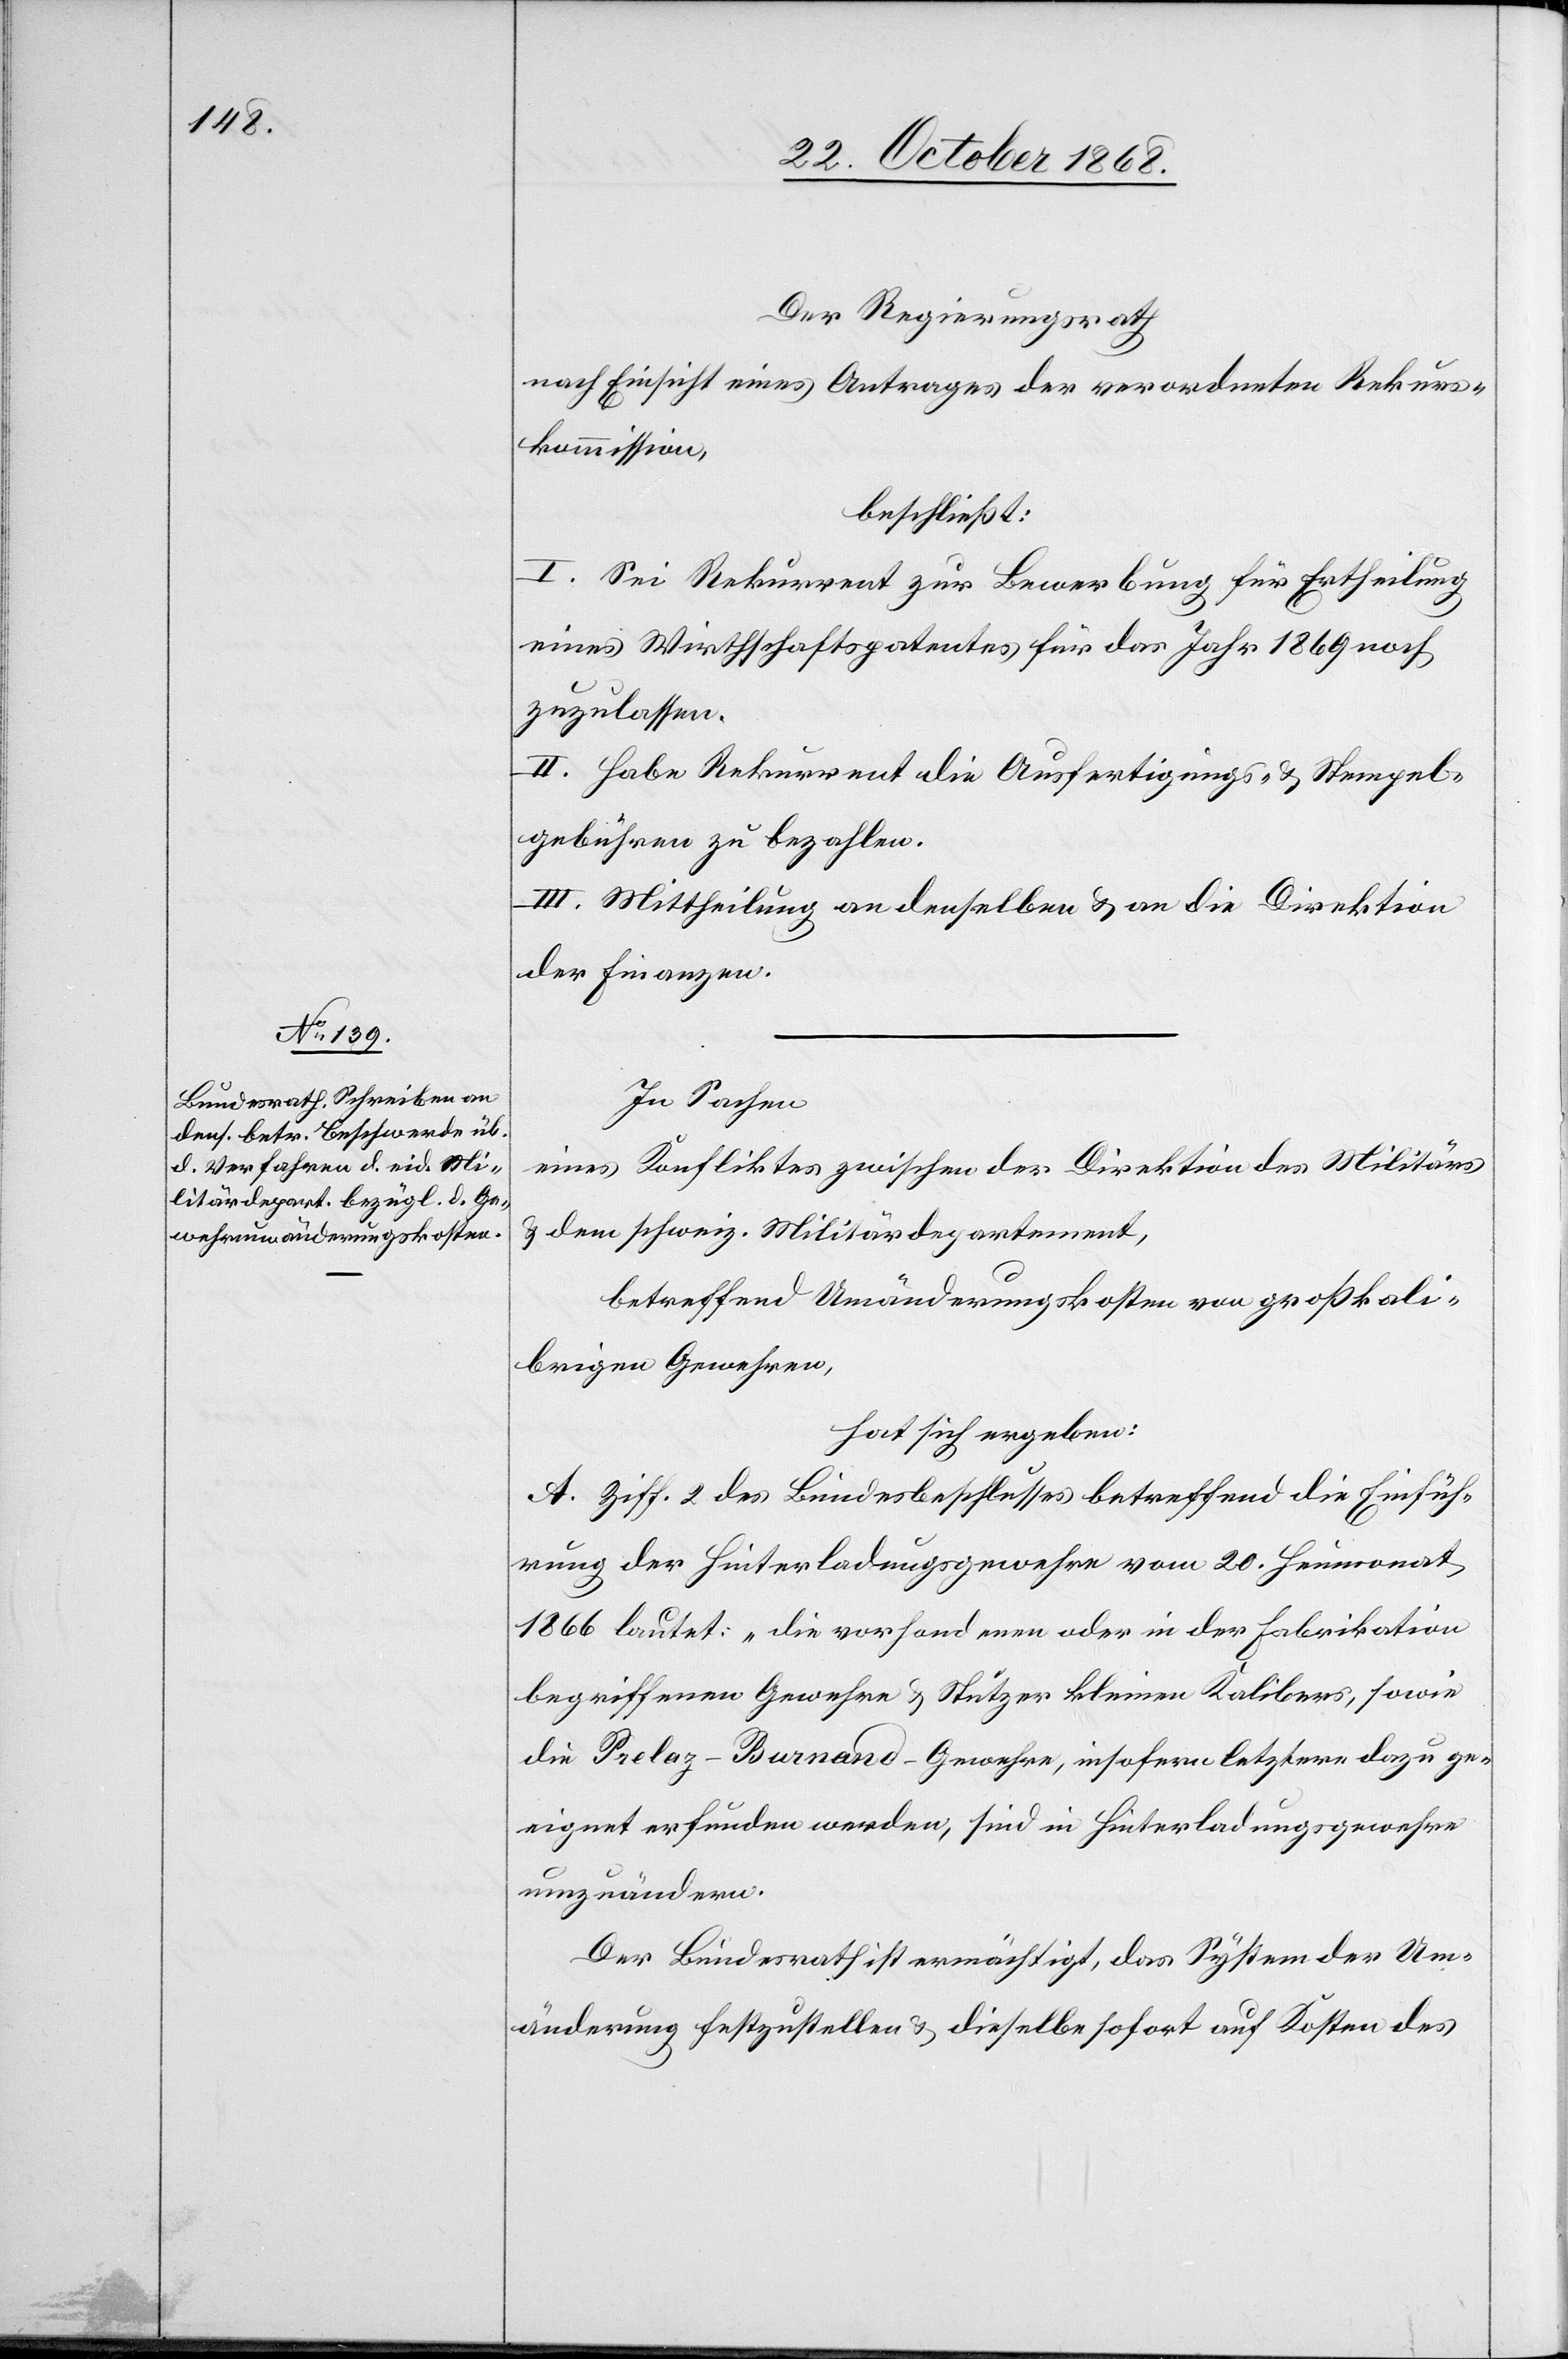
Der Regierungsrath
nach Einsicht eines Antrages der verordneten Rekurs¬
kommission,
beschließt:
I. Sei Rekurrent zur Bewerbung für Ertheilung
eines Wirthschaftspatentes für das Jahr 1869 noch
zuzulassen.
II. Habe Rekurrent die Ausfertigungs- & Stempel¬
gebühren zu bezahlen.
III. Mittheilung an denselben & an die Direktion
der Finanzen.
In Sachen
eines Konfliktes zwischen der Direktion des Militärs
& dem schweiz. Militärdepartement,
betreffend Umänderungskosten von großkali¬
brigen Gewehren,
hat sich ergeben:
A. Ziff. 2 des Bundesbeschlusses betreffend die Einfüh¬
rung der Hinterladungsgewehre vom 20. Heumonat
1866 lautet: „die vorhandenen oder in der Fabrikation
begriffenen Gewehre & Stutzer kleinen Kalibers, sowie
die Prelaz-Burnand-Gewehre, insofern letztere dazu ge¬
eignet erfunden werden, sind in Hinterladungsgewehre
umzuändern.
Der Bundesrath ist ermächtigt, das System der Um¬
änderung festzustellen & dieselbe sofort auf Kosten des